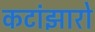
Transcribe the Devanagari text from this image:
कटांझारो